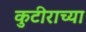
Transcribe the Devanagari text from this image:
कुटीराच्या